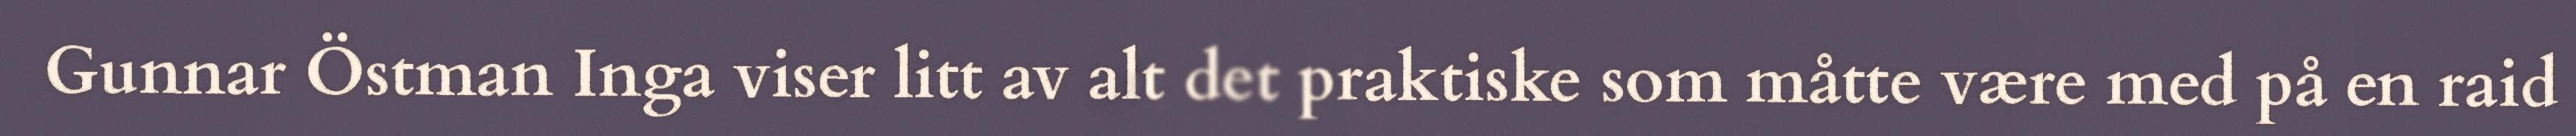
Gunnar Östman Inga viser litt av alt det praktiske som måtte være med på en raid